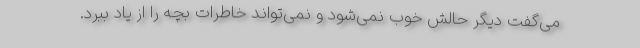
می‌گفت دیگر حالش خوب نمی‌شود و نمی‌تواند خاطرات بچه را از یاد ببرد.